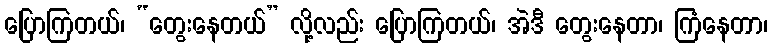
ပြောကြတယ်၊ “တွေးနေတယ်” လို့လည်း ပြောကြတယ်၊ အဲဒီ တွေးနေတာ၊ ကြံနေတာ၊